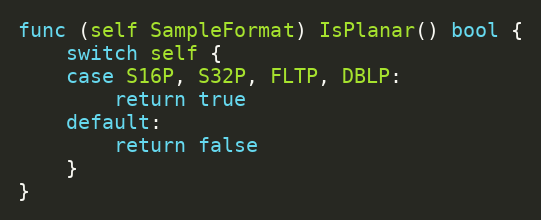
Language: Go
func (self SampleFormat) IsPlanar() bool {
	switch self {
	case S16P, S32P, FLTP, DBLP:
		return true
	default:
		return false
	}
}